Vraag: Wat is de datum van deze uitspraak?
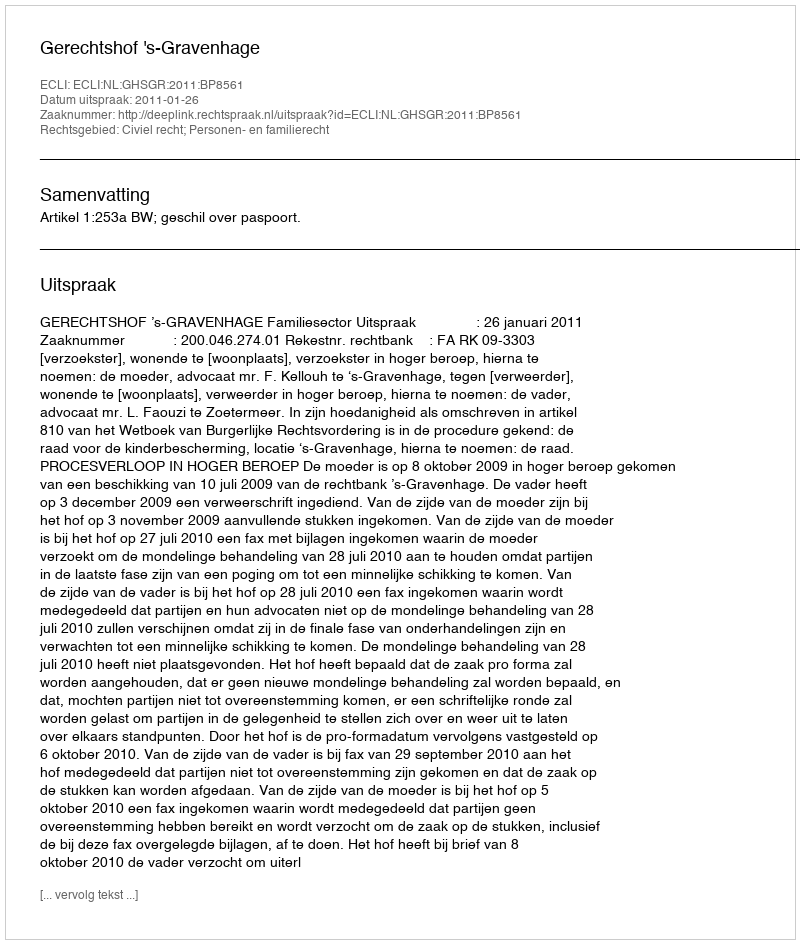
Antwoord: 2011-01-26